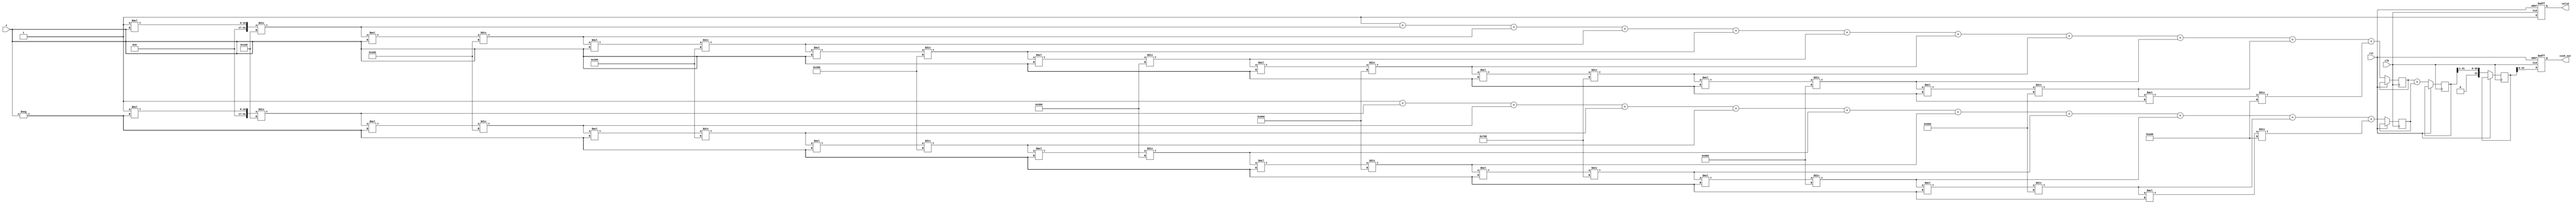
module hyperbolic_cosh (
    input wire [15:0] x,        // Input (16-bit fixed-point)
    input wire clk,             // Clock signal
    input wire rst,             // Reset signal
    output reg [15:0] cosh_out, // Output (16-bit fixed-point)
    output reg valid            // Output valid signal
);

    // Parameters for fixed-point representation
    parameter FIXED_POINT_FRACTIONAL_BITS = 8;
    parameter EXPONENT_MAX_ITER = 10; // Number of terms in Taylor series

    // Internal signals
    reg [31:0] exp_x;          // e^x
    reg [31:0] exp_neg_x;     // e^-x
    reg [31:0] sum;           // Sum of e^x and e^-x
    reg [31:0] result;        // Result before shifting

    // Function to calculate e^x using Taylor series
    function [31:0] exp_taylor;
        input [15:0] x;
        integer i;
        reg [31:0] term;
        reg [31:0] sum_exp;
        begin
            sum_exp = 32'd1; // e^0 = 1
            term = 32'd1; // First term x^0 / 0! = 1
            for (i = 1; i <= EXPONENT_MAX_ITER; i = i + 1) begin
                term = (term * x) / (i << FIXED_POINT_FRACTIONAL_BITS); // x^i / i!
                sum_exp = sum_exp + term; // Add the term to the sum
            end
            exp_taylor = sum_exp;
        end
    endfunction

    // Main computation
    always @(posedge clk or posedge rst) begin
        if (rst) begin
            cosh_out <= 16'b0;
            valid <= 1'b0;
        end else begin
            exp_x <= exp_taylor(x);                 // Calculate e^x
            exp_neg_x <= exp_taylor(-x);            // Calculate e^-x
            sum <= exp_x + exp_neg_x;               // Sum e^x and e^-x
            result <= sum >> 1;                      // Divide by 2 (right shift)
            cosh_out <= result[15:0];                // Take lower 16 bits as output
            valid <= 1'b1;                           // Indicate output is valid
        end
    end

endmodule